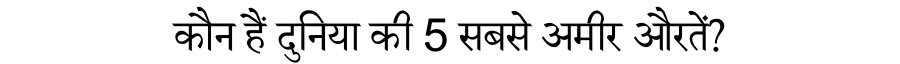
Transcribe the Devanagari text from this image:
कौन हैं दुनिया की 5 सबसे अमीर औरतें?